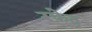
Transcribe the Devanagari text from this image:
रफ़ेद